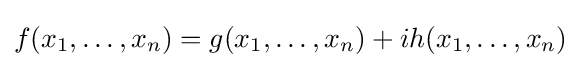
f(x_{1},\ldots ,x_{n})=g(x_{1},\ldots ,x_{n})+ih(x_{1},\ldots ,x_{n})